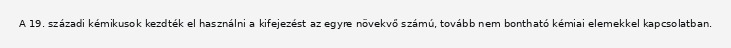
A 19. századi kémikusok kezdték el használni a kifejezést az egyre növekvő számú, tovább nem bontható kémiai elemekkel kapcsolatban.